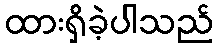
ထားရှိခဲ့ပါသည်